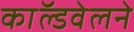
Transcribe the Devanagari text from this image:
काॅल्डवेलने